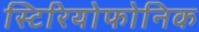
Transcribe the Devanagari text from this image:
स्टिरियोफोनिक